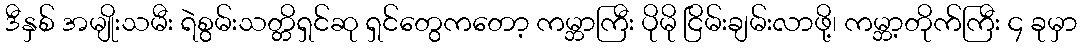
ဒီနှစ် အမျိုးသမီး ရဲစွမ်းသတ္တိရှင်ဆု ရှင်တွေကတော့ ကမ္ဘာကြီး ပိုမို ငြိမ်းချမ်းလာဖို့၊ ကမ္ဘာ့တိုက်ကြီး ၄ ခုမှာ